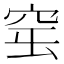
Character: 𥥢